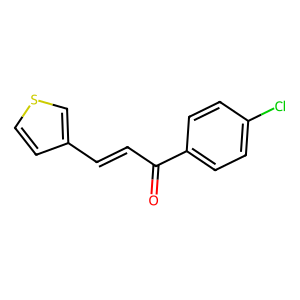
SMILES: O=C(C=Cc1ccsc1)c1ccc(Cl)cc1
Inhibits HIV replication: No